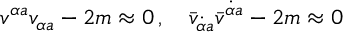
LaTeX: v ^ { \alpha { } a } v _ { \alpha { } a } - 2 m \approx 0 \, , \quad \bar { v } _ { \dot { \alpha } { } a } \bar { v } ^ { \dot { \alpha } { } a } - 2 m \approx 0